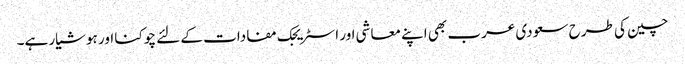
چین کی طرح سعودی عرب بھی اپنے معاشی اور اسٹریجک مفادات کے لئے چوکنا اور ہوشیار ہے۔